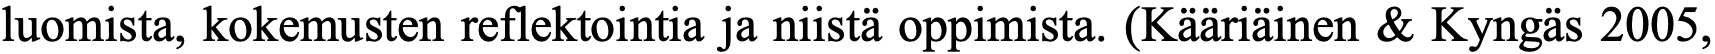
luomista, kokemusten reflektointia ja niistä oppimista. (Kääriäinen & Kyngäs 2005,